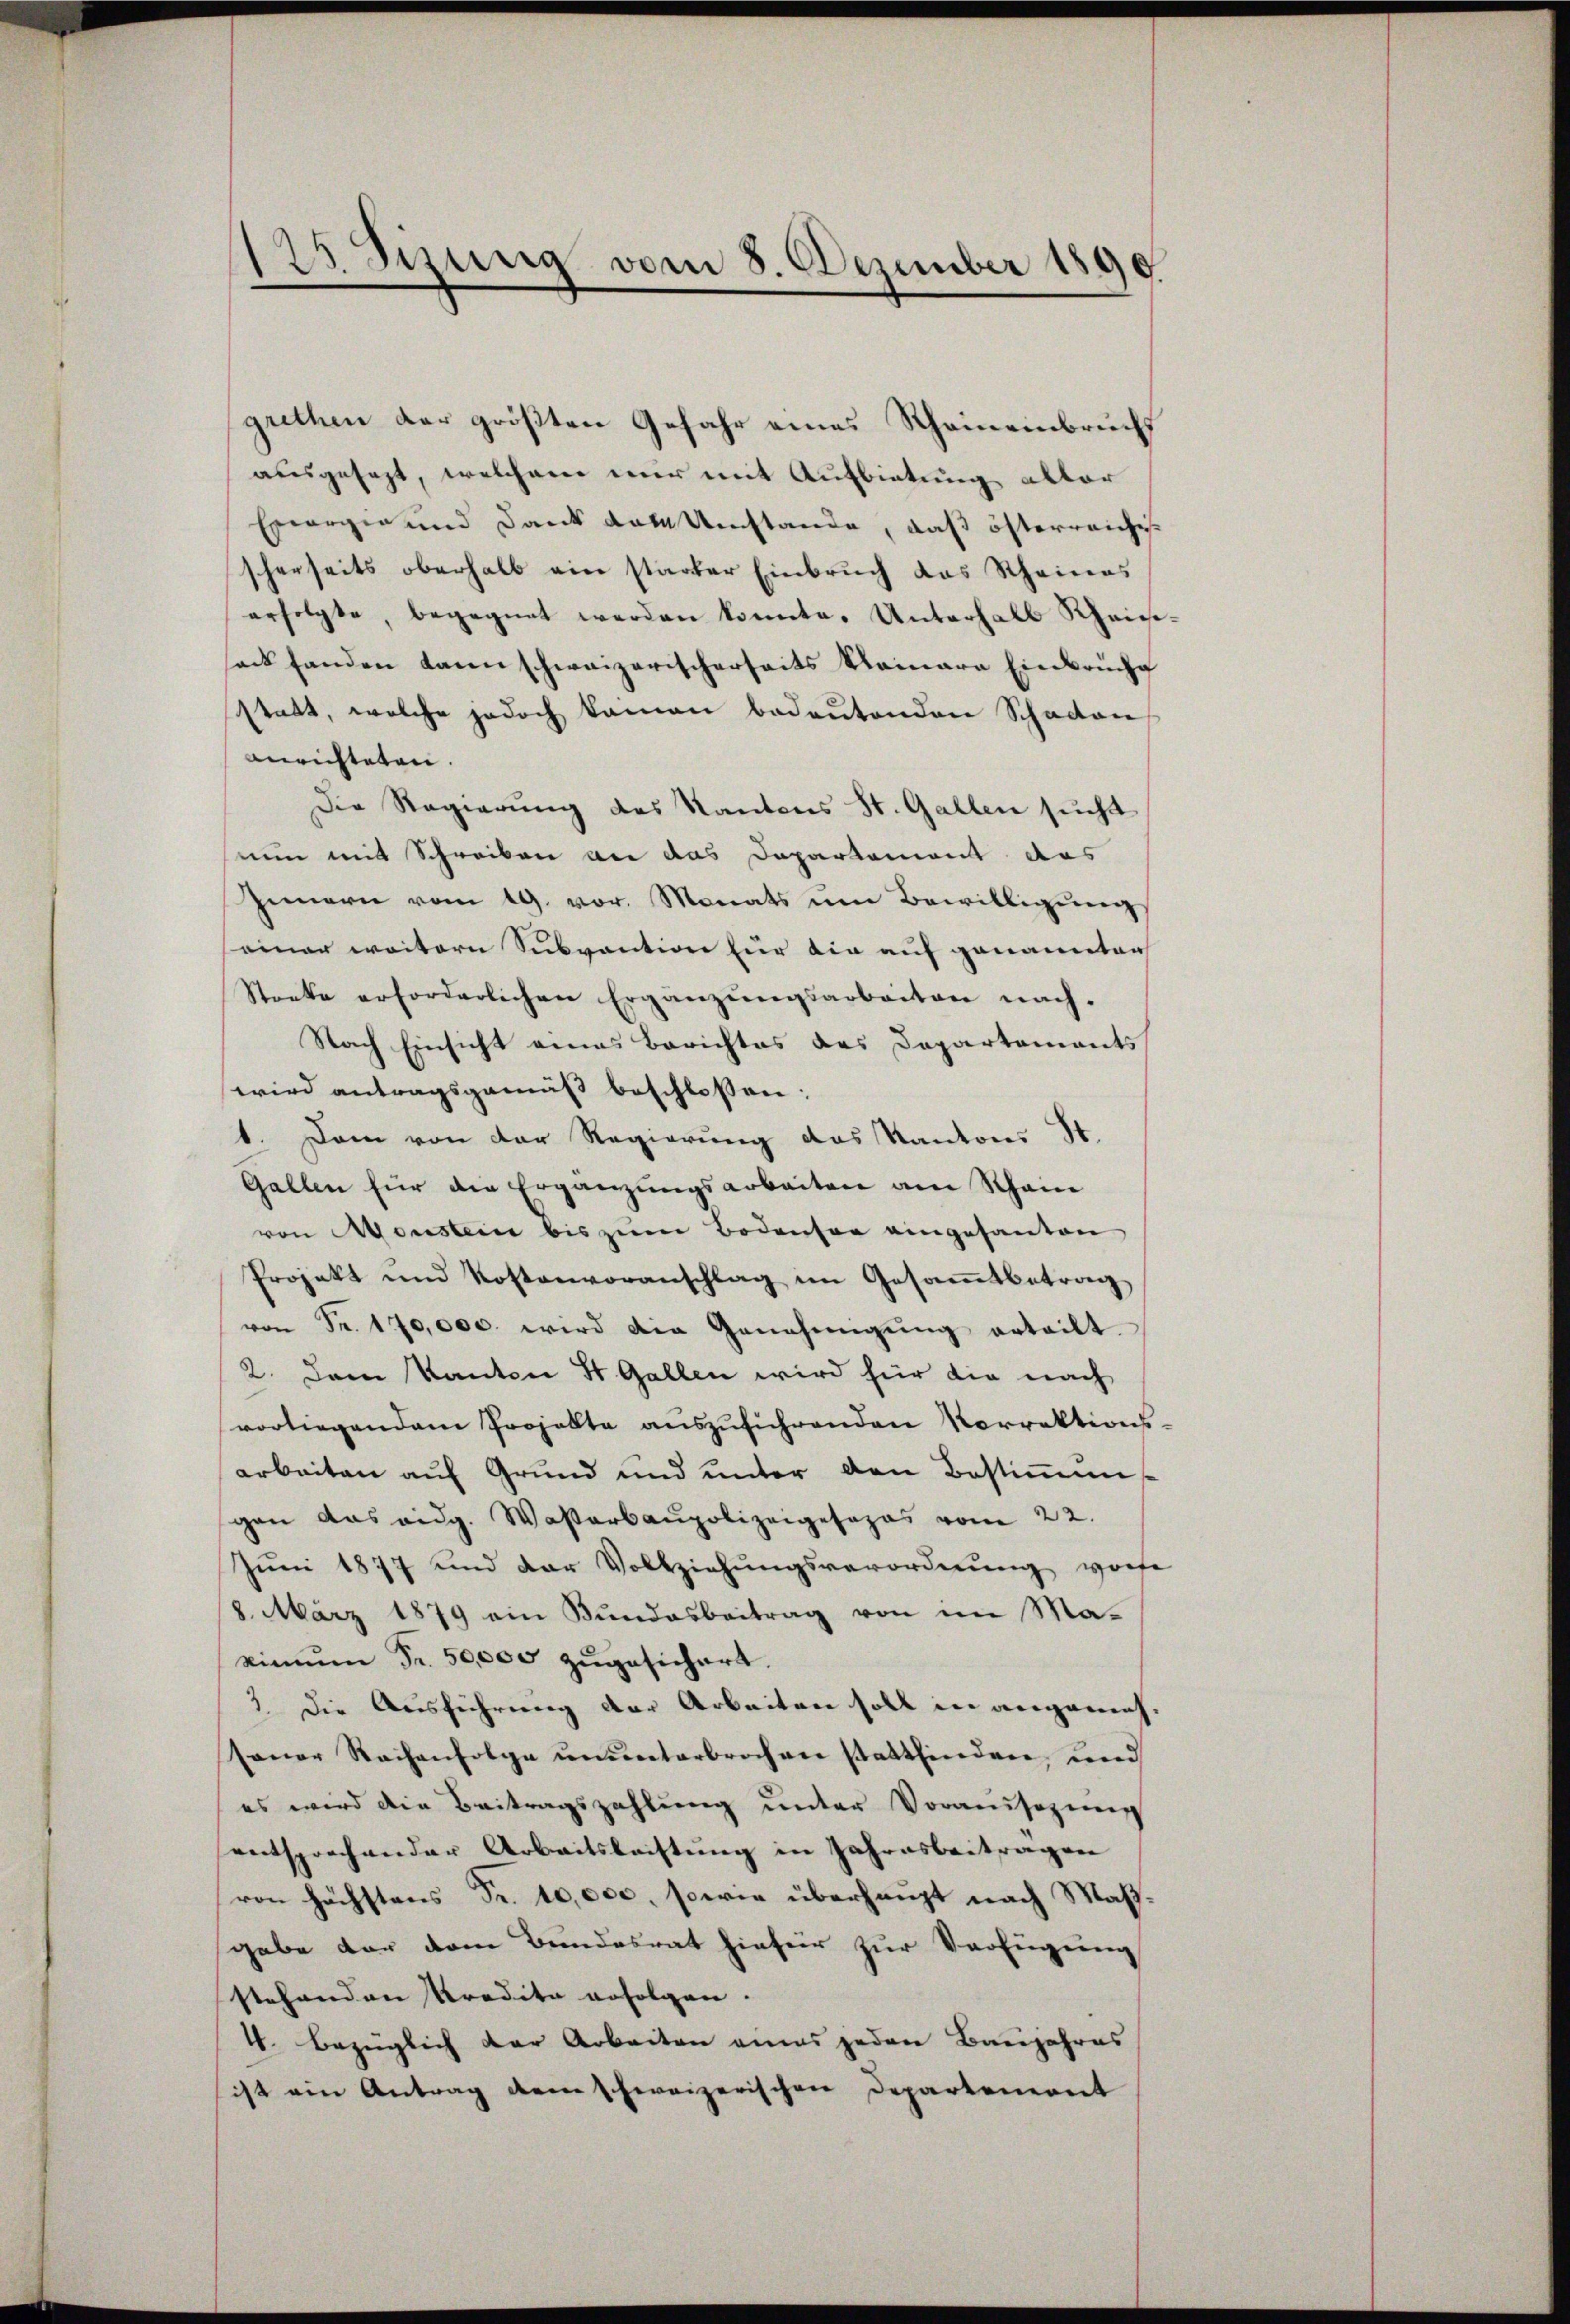
23 Szung vom 8. Dezember 1890

grethen der größten Gefahr eines Gemeinbruchs
ausgesezt, welchem nur mit Aufbietung alter
Excargie und Dank das Umstande, daß österreiche
scherseits oberhalb ein starker Einbruch das Rheines
erfolgte, begegnet werden konnte. Unterhalb Rheiniock fanden kann schweizerischerseits kleinara Einbrüche
statt, welche jedoch kamen bedeutenden Schaden
anrichteten.
Die Regierung des Kantons St. Gallen sucht
nun mit Schreiben an das Departement das
Innern vom 19. vor. Monats um Bewilligungs
einer weitern Subvention für die auf genannten
Stocke erforderlichen Ergänzŭngsarbeiten nach-
Nach Einsicht eines Berichtes des Departements
wird antragsgemäß beschlossen:
1. Dem von der Regierung des Kantons St.
Gallen für die Ergänzungsarbeiten am Rhein
von Monstein bis zŭm Bodensee eingesanten
Projekt und Kostenvoranschlag im Gesamtbetrag
von Fr. 170,000. wird die Genehmigŭng erteilt.
2. Dem Kanton St. Gallen wird für die nach
vorliegendem Projekte auszuführenden Vorrektions-
arbeiten auf Grund und unter den Bestiṁuns
gen das eidg. Wasserbaupolizeigesopas vom 22.
Juni 1877 und der Vollziehŭngsverordnŭng vorte
8. März 1879 ein Bundesbeitrag von im Ma-
kimŭm Fr. 50,000 zŭgesichert.
2 die Ausführung der Arbeiten soll in angemeh-
sauer Rachenfolge ununterbrochen stattfinden, und
es wird die Beitragszahlung unter Voraussezung
entsprochender Arbeitsleistung in Jahresbeitragen
von höchstens Fr. 10,000, sowie überhaupt nach Maßgabe vor dem Bundesrat hiefür zur Verfügung
stehenden Predita erfolgen.
4. bezüglich der Arbeiten eines jeden Banjahres
ist ein Antrag dem schweizerischen Departement